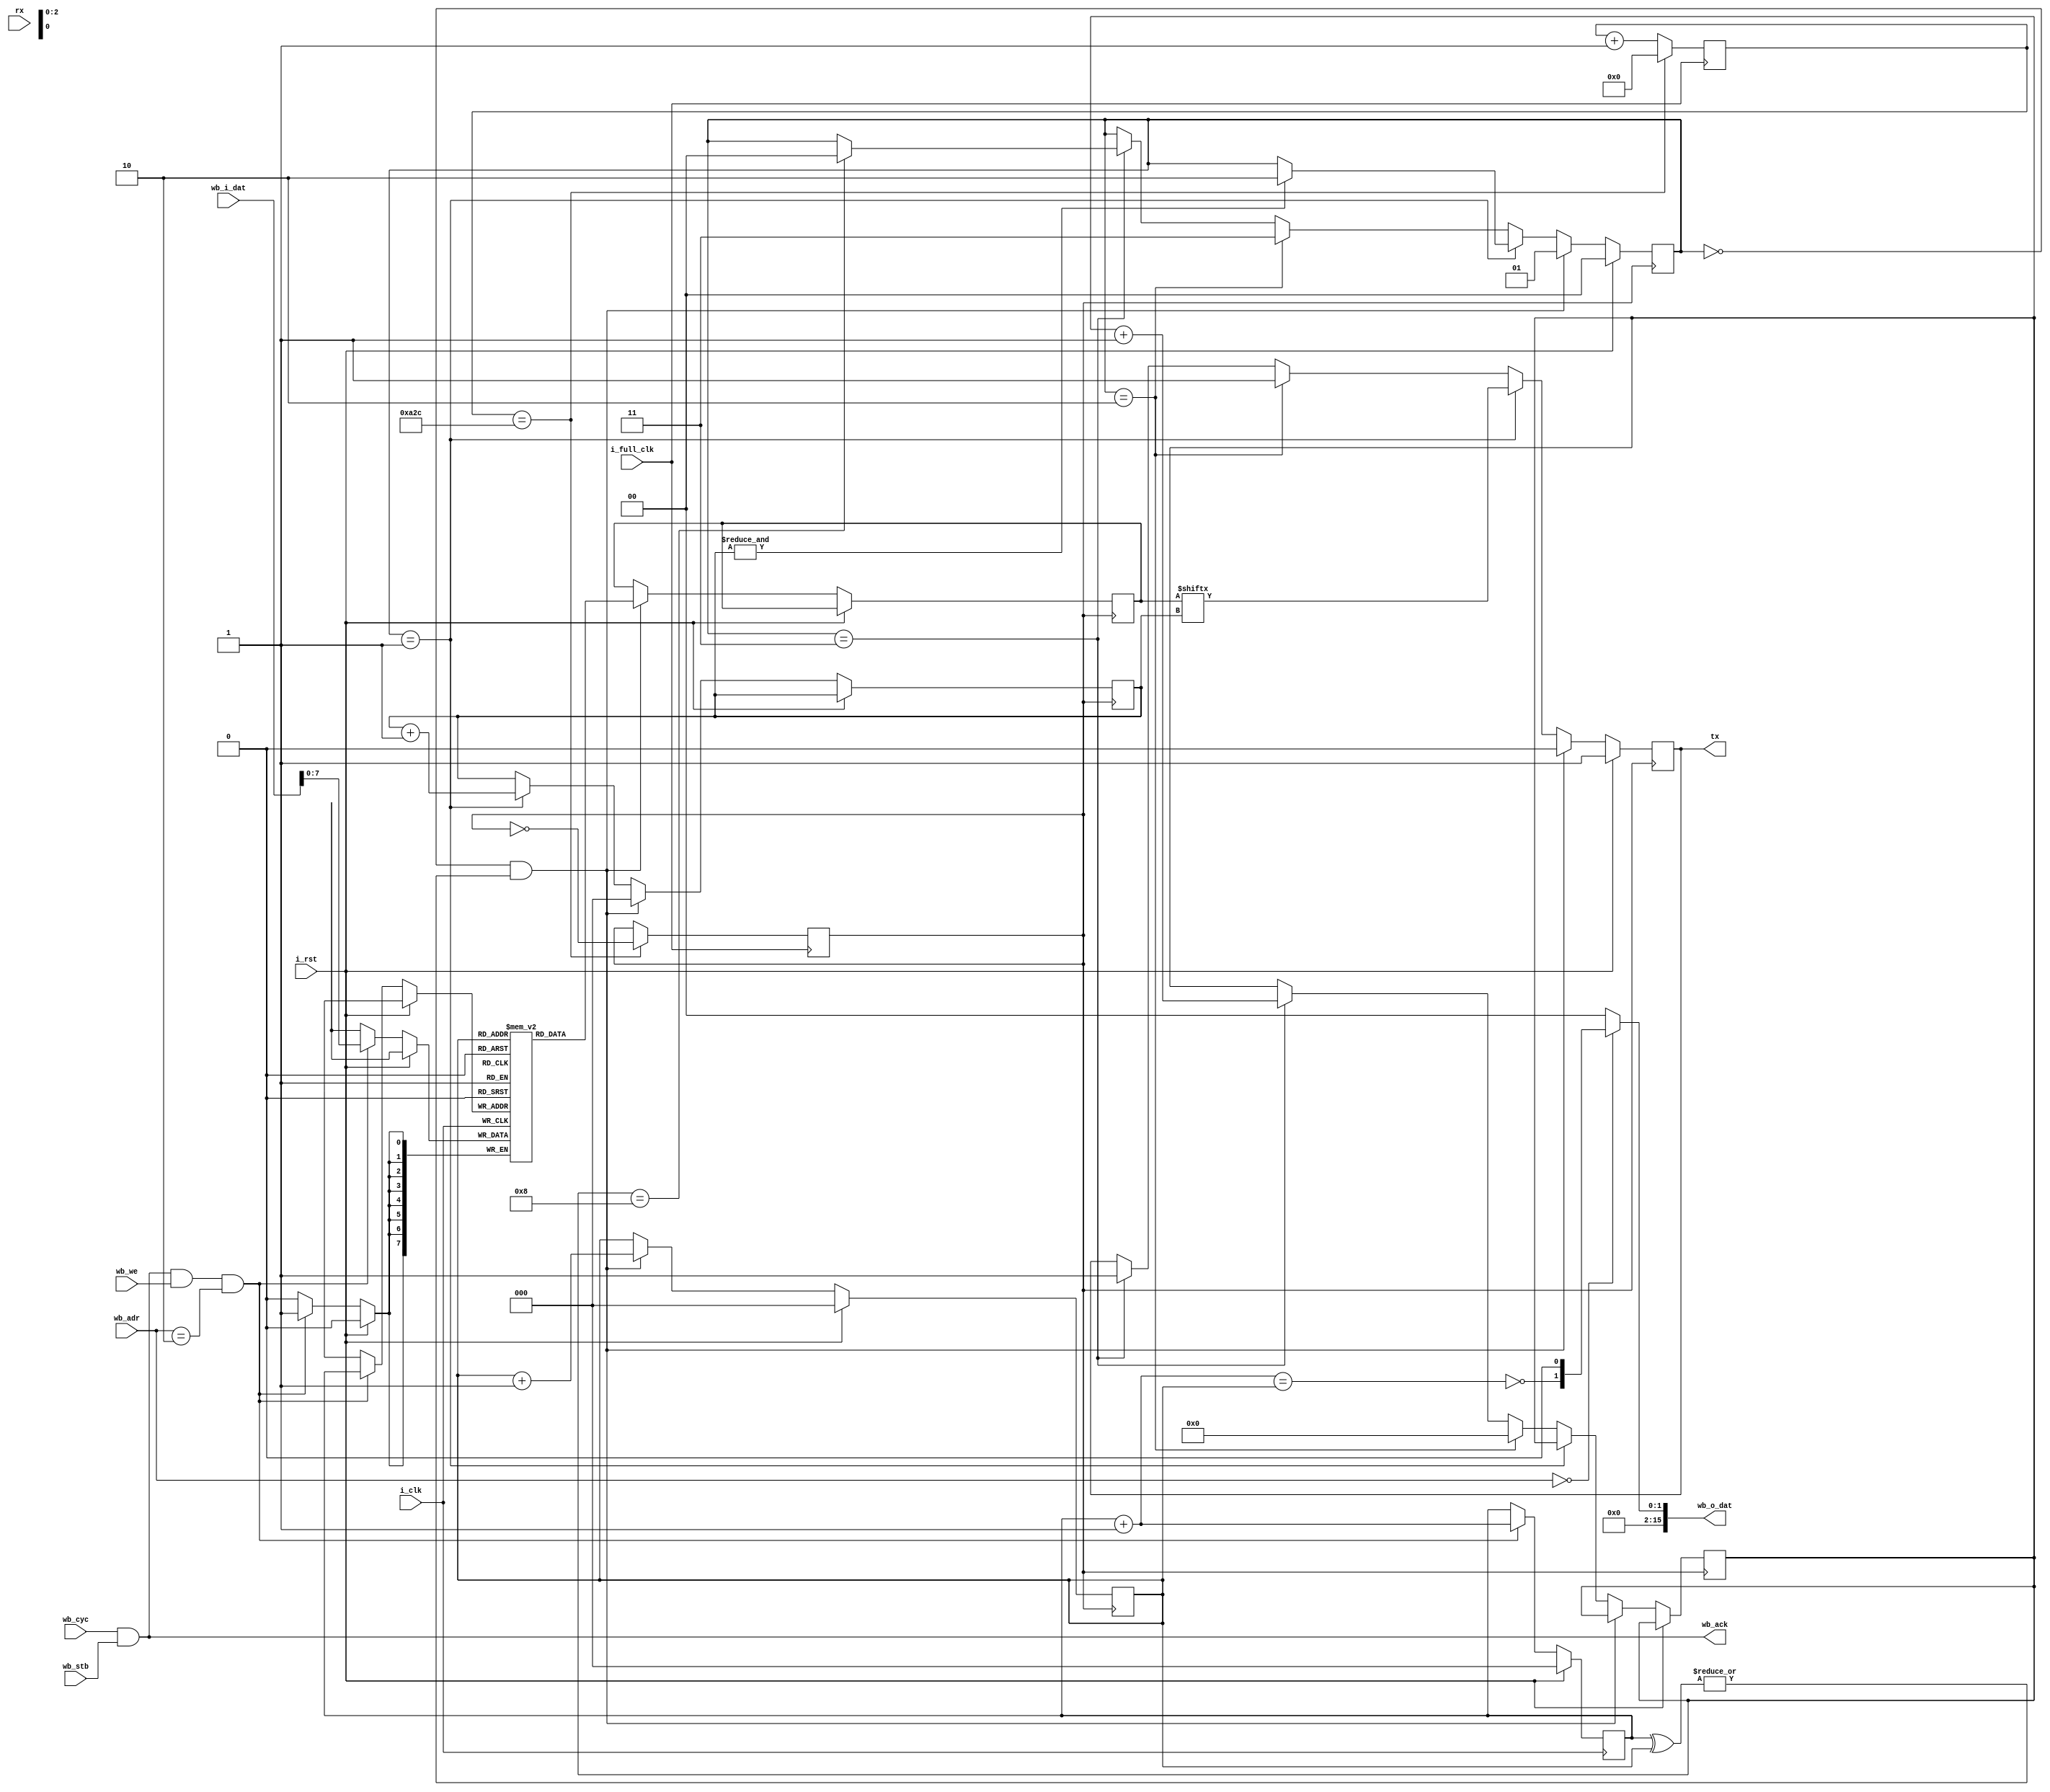
module uart2 (
    input i_clk,
    input i_full_clk,
    input i_rst,

    input rx,
    output reg tx,

    input wb_cyc, wb_stb, wb_we,
    output wb_ack,
    input [23:0] wb_adr,
    input [15:0] wb_i_dat,
    output reg [15:0] wb_o_dat
);

localparam BAUD_RATE = 9600;
localparam CLOCK_FREQ = 50_000_000;
localparam UART_CLOCK_DIV = CLOCK_FREQ/(BAUD_RATE*2);
localparam TX_BUFF_SIZE = 8;

reg uart_clk = 1'b0;
reg [20 :0] uart_clk_cnt = 10'b0;
always @(posedge i_full_clk) begin
    uart_clk_cnt <= uart_clk_cnt + 6'b1;

    if (uart_clk_cnt == UART_CLOCK_DIV) begin
        uart_clk_cnt <= 10'b0;
        uart_clk <= ~uart_clk;
    end
end


// TRANSMIT

reg [1:0] tx_state;
wire tx_ready = (tx_state == 2'b0);
wire tx_start = tx_data_avail;
reg [7:0] tx_data;
reg [2:0] tx_data_cnt;
reg [10:0] hold_cnt;

always @(posedge uart_clk) begin
    if (i_rst) begin
        tx <= 1'b1;        
        tx_state <= 2'b0;
    end else if ((tx_state == 2'b0) & tx_start) begin
        tx <= 1'b0; // start bit
        tx_data_cnt <= 3'b0;
        tx_state <= 2'b1; 
    end else if (tx_state == 2'b1) begin
        tx <= tx_data[tx_data_cnt];
        tx_data_cnt <= tx_data_cnt + 1'b1;
        if (&tx_data_cnt)
            tx_state <= 2'b10;
    end else if (tx_state == 2'b10) begin
        tx <= 1'b1; // stop bit
        tx_state <= 2'b11;
        hold_cnt <= 0;
    end else if (tx_state == 2'b11) begin
        hold_cnt <= hold_cnt + 1;
        if (hold_cnt == 8) begin
              tx_state <= 2'b0;
        end
        tx <= 1'b1;
    end
end

reg [7:0] tx_fifo [TX_BUFF_SIZE-1:0];
reg [2:0] tx_write_ptr, tx_read_ptr;
wire tx_data_avail = |(tx_write_ptr^tx_read_ptr);
wire tx_full = (tx_write_ptr+3'b1) == tx_read_ptr;

always @(posedge uart_clk) begin
    if (i_rst) begin
        tx_read_ptr <= 3'b0;
    end else if (tx_ready & tx_data_avail) begin
        tx_read_ptr <= tx_read_ptr + 3'b1;
        tx_data <= tx_fifo[tx_read_ptr];
    end
end

reg [2:0] tx_prev_data;
wire tx_empty_irq = (tx_prev_data != 3'b0) && ((tx_write_ptr-tx_read_ptr) == 3'b0);

always @(posedge i_clk) begin
    if (i_rst) begin
        tx_write_ptr <= 3'b0;
    end else begin 
        tx_prev_data <= (tx_write_ptr-tx_read_ptr);
        if (wb_cyc & wb_stb & wb_we & wb_adr == 24'h2) begin
            tx_write_ptr <= tx_write_ptr + 3'b1;
            tx_fifo[tx_write_ptr] <= wb_i_dat[7:0]; 
        end
    end
end

assign wb_ack = wb_cyc & wb_stb;
always @* begin
    if (wb_adr == 24'h0) begin
        wb_o_dat = {14'b0, ~tx_full, 1'b0};
    end else begin
        wb_o_dat = 16'b0;
    end
end

endmodule